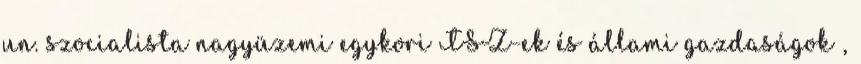
un. szocialista nagyüzemi egykori TSZ-ek és állami gazdaságok ,